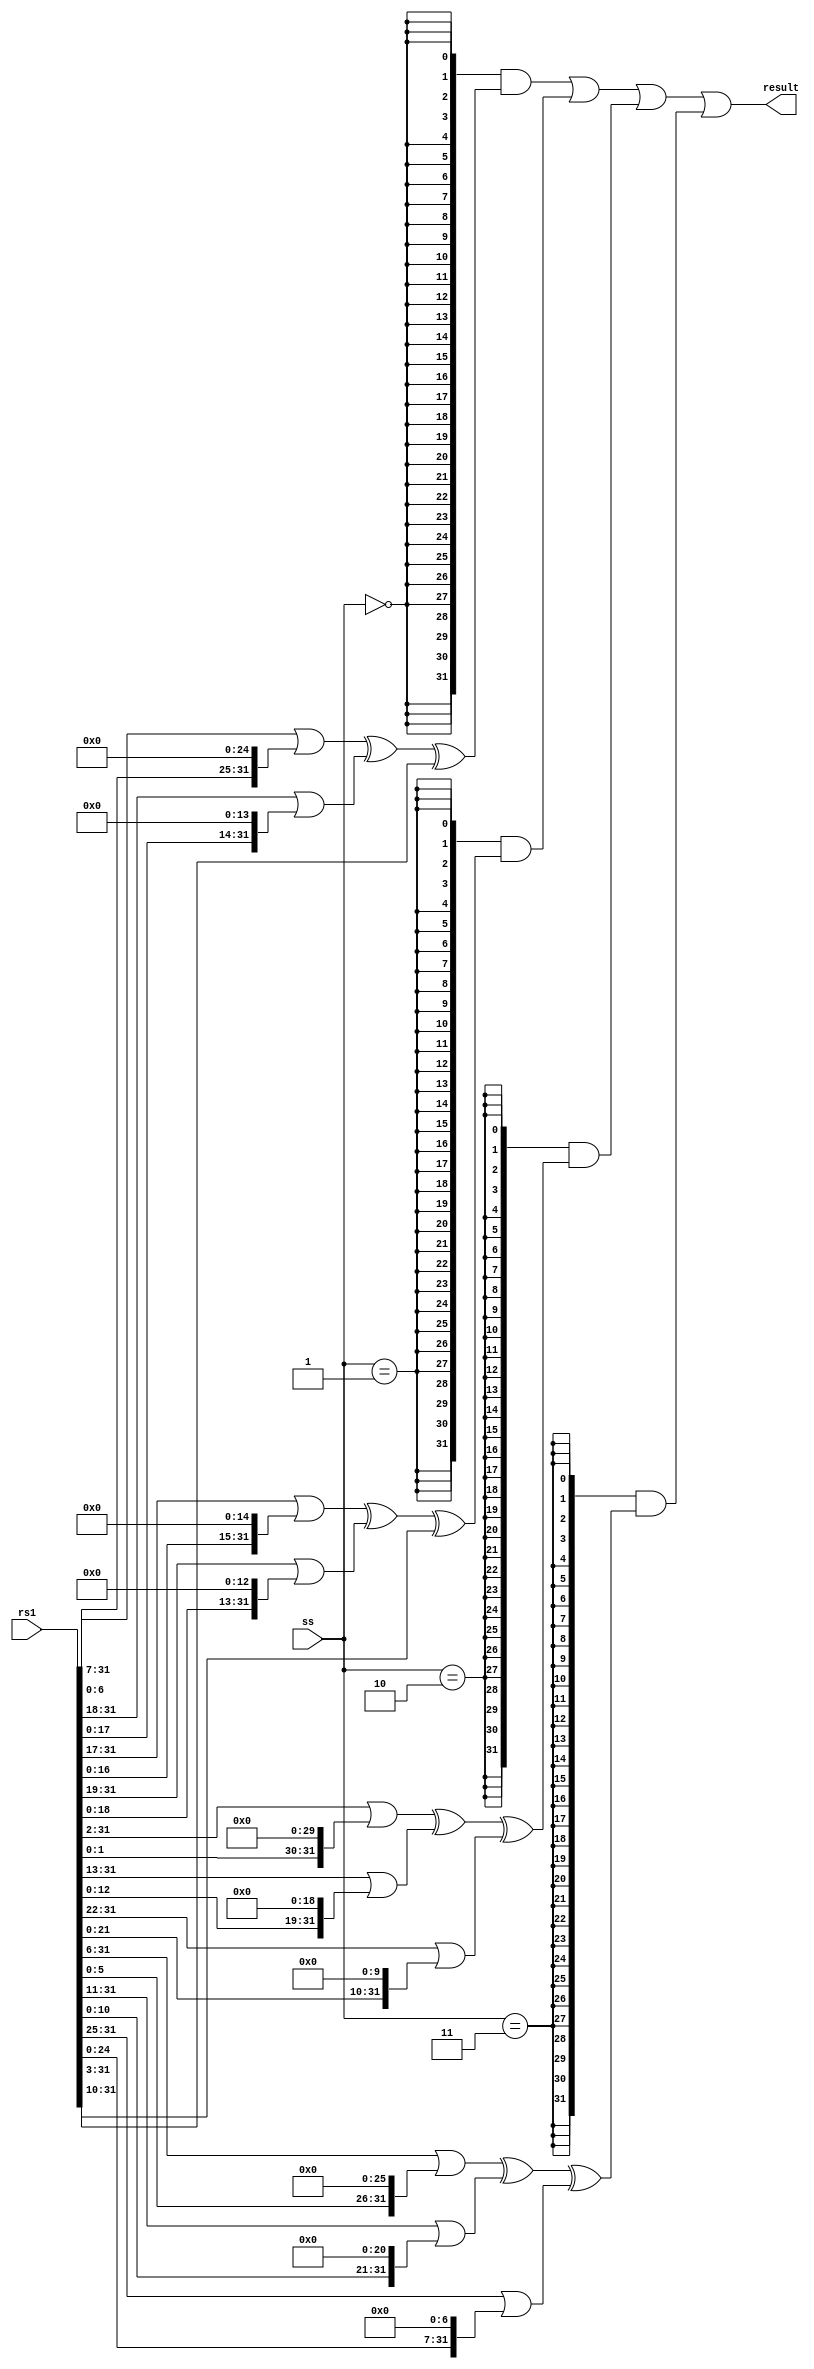
// This program was cloned from: https://github.com/scarv/xcrypto
// License: MIT License


//
// module: xc_sha256
//
//  Implements the light-weight SHA256 instruction functions.
//
module xc_sha256 (

input  wire [31:0] rs1   , // Input source register 1
input  wire [ 1:0] ss    , // Exactly which transformation to perform?

output wire [31:0] result  // 

);

`define ROR32(a,b) ((a >> b) | (a << 32-b))
`define SRL32(a,b) ((a >> b)              )

//
// Which transformation to perform?
wire s0 = ss == 2'b00;
wire s1 = ss == 2'b01;
wire s2 = ss == 2'b10;
wire s3 = ss == 2'b11;

wire [31:0] s0_result = 
    (`ROR32(rs1, 7)) ^
    (`ROR32(rs1,18)) ^
    (`SRL32(rs1, 3)) ;

wire [31:0] s1_result = 
    (`ROR32(rs1,17)) ^
    (`ROR32(rs1,19)) ^
    (`SRL32(rs1,10)) ;

wire [31:0] s2_result = 
    (`ROR32(rs1, 2)) ^
    (`ROR32(rs1,13)) ^
    (`ROR32(rs1,22)) ;

wire [31:0] s3_result = 
    (`ROR32(rs1, 6)) ^
    (`ROR32(rs1,11)) ^
    (`ROR32(rs1,25)) ;

assign result =
    {32{s0}} & s0_result |
    {32{s1}} & s1_result |
    {32{s2}} & s2_result |
    {32{s3}} & s3_result ;

`undef ROR32
`undef SRL32

endmodule